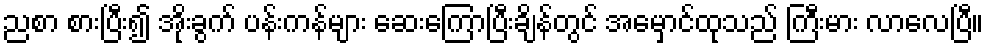
ညစာ စားပြီး၍ အိုးခွက် ပန်းကန်များ ဆေးကြောပြီးချိန်တွင် အမှောင်ထုသည် ကြီးမား လာလေပြီ။